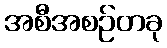
အစီအစဉ်တခု